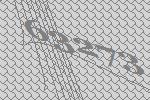
63273